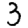
Digit: 3